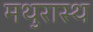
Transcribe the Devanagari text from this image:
मथुरास्थ